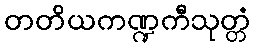
တတိယကဏ္ဍကီသုတ္တံ